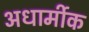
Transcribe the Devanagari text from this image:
अधार्मीक